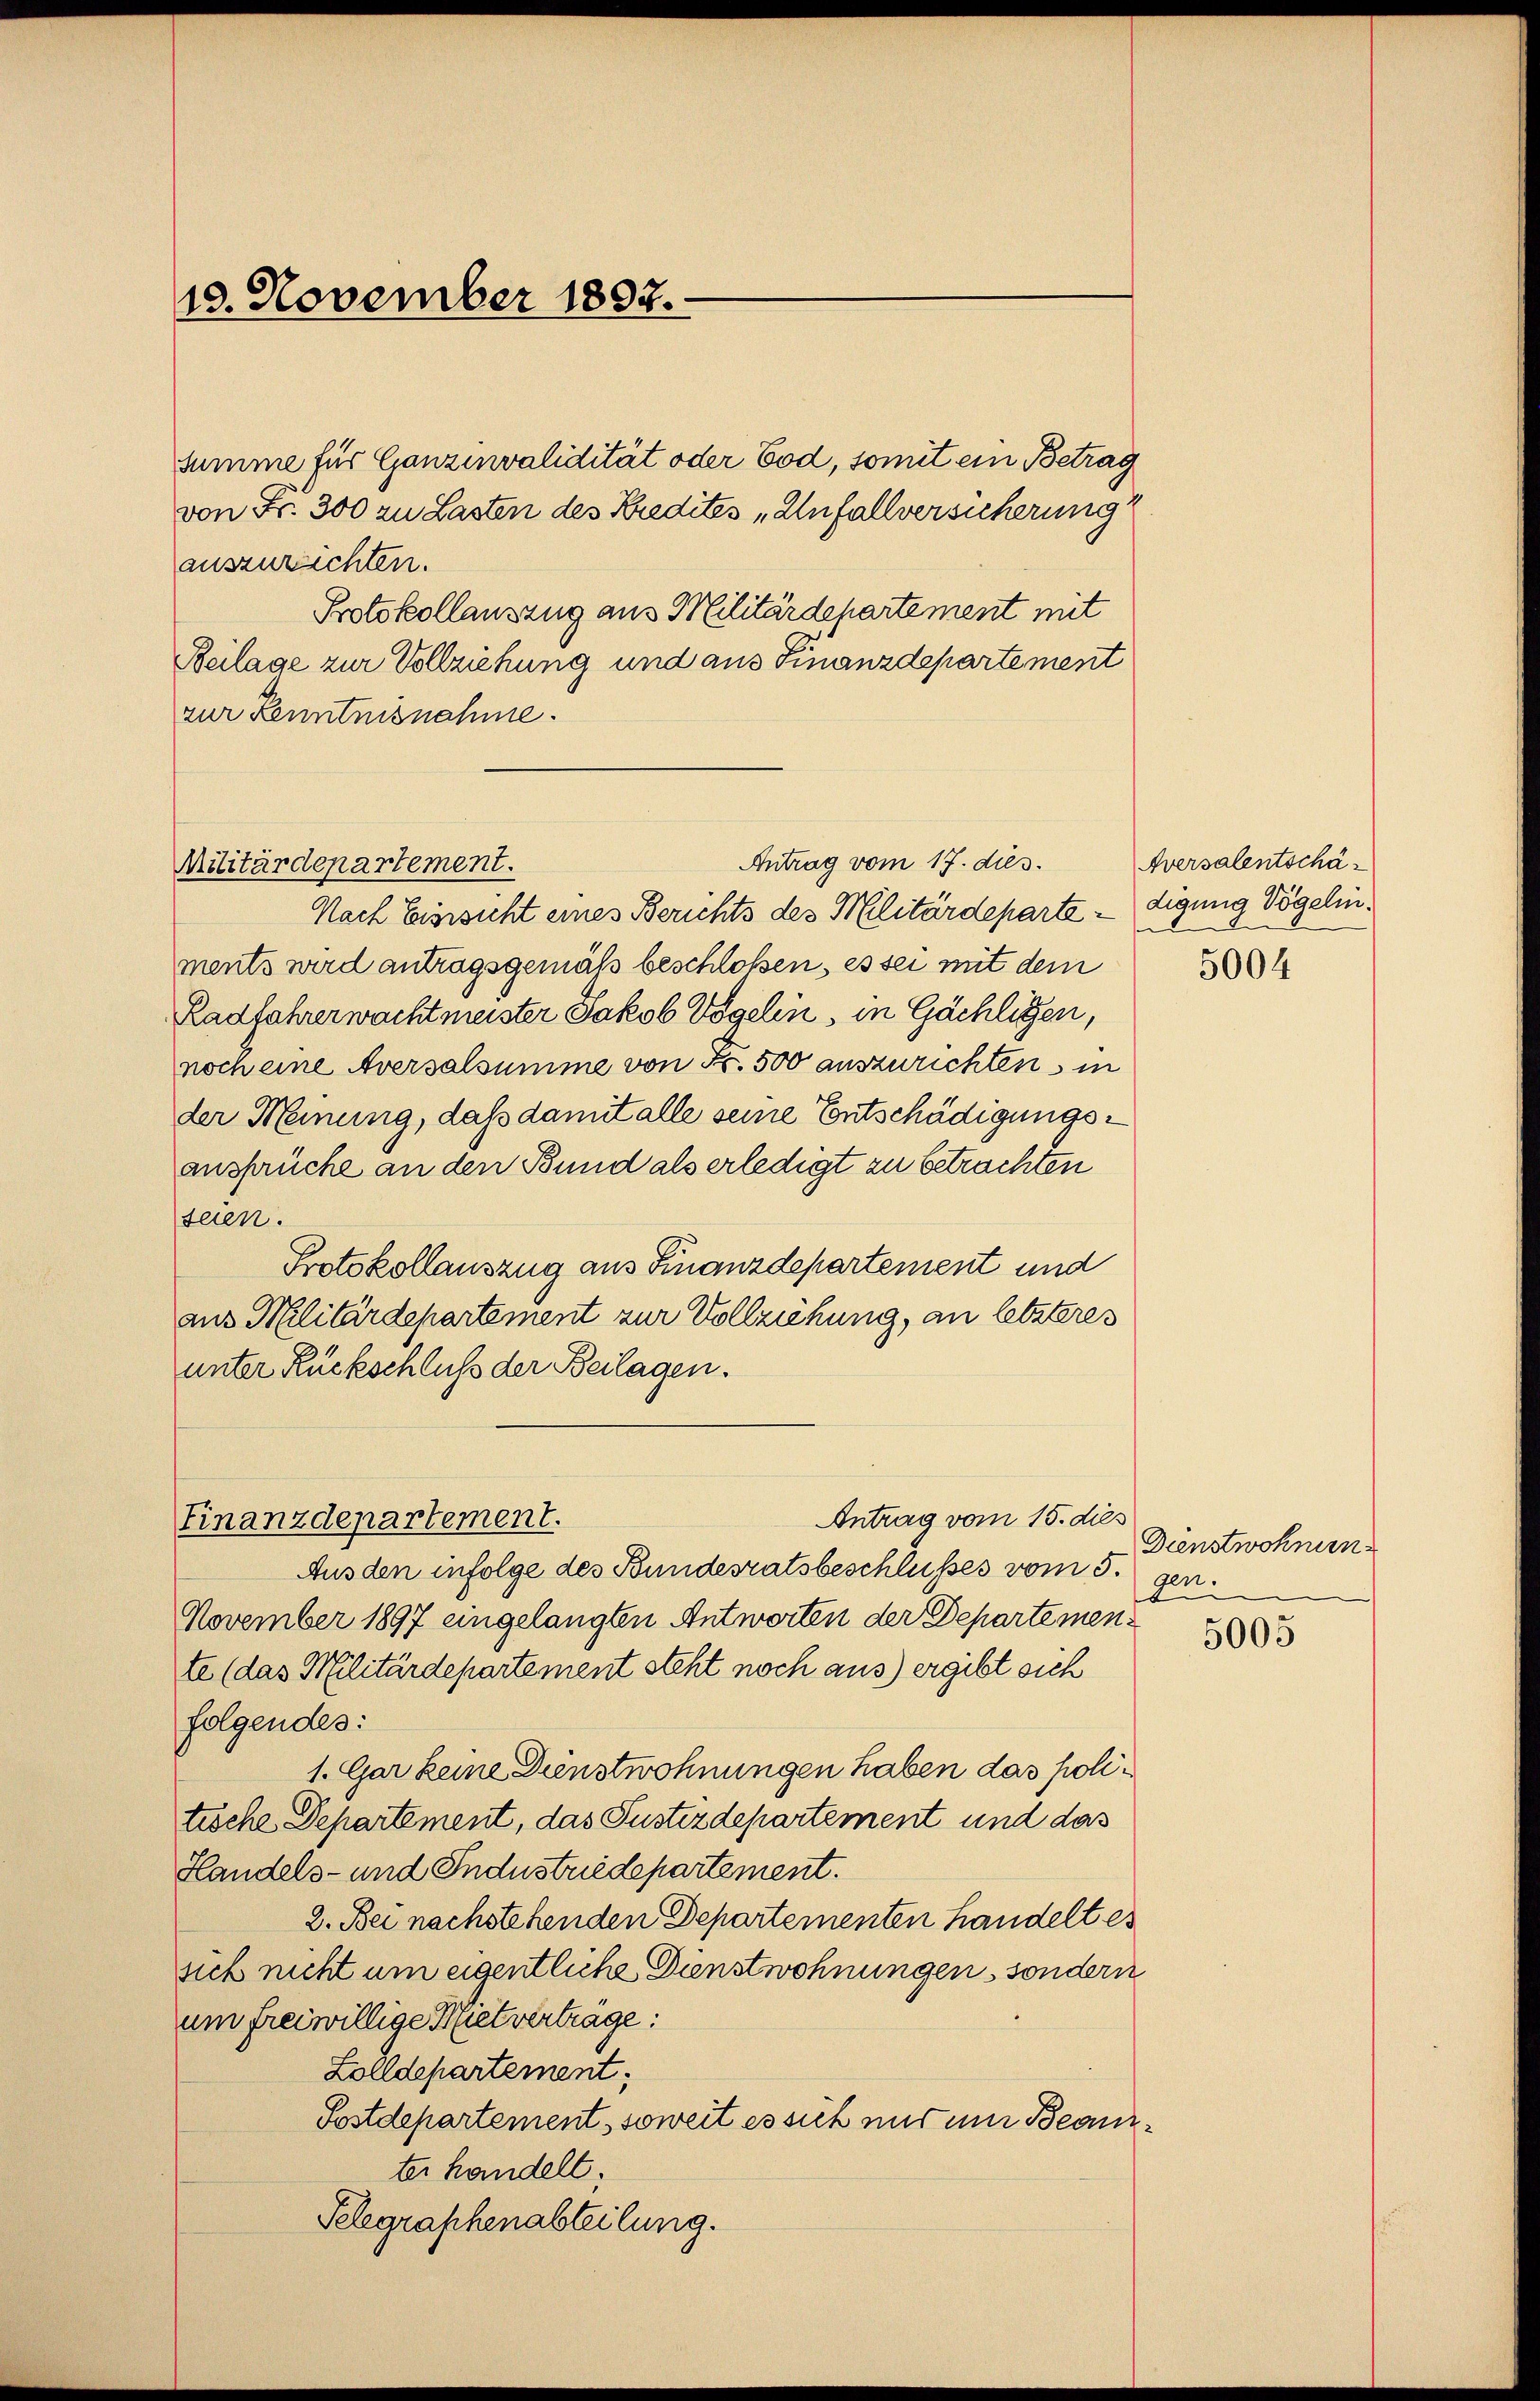
10. November 1897.

summe für Ganzinvalidität oder Tod, somit ein Betrag
von Fr. 300 zu Lasten des Kredites „Unfallversicherung
auszurichten.
Protokollauszug aus Militärdepartement mit
Beilage zur Vollziehung und aus Finanzdepartement
zur Kenntnisnahme.

Antrag vom 17. dies
Militärdepartement.

Finanzdepartement.

Nach Einsicht eines Berichts des Militärdeparte - digung Vögelinments wird antragsgemäß beschloßen, es sei mit dem
Radfahrerwachtmeister Jakob Vogelin, in Gächligen,
noch eine Aversalsumme von Fr. 500 auszurichten in
der Meinung, daß damit alle seine Entschädigungsansprüche an den Bund als erledigt zu betrachten
seien.
Protokollauszug aus Finanzdepartement und
aus Militärdepartement zur Vollziehung, an letzteres
unter Rückschluß der Beilagen.
Ausden infolge des Bundesratsbeschlusses vom 5. gen.
November 1897 eingelangten Antworten der Departemente (das Militärdepartement steht noch aus) ergibt sich
folgendes:
1. Gar keine Dinstwohnungen haben das politische Departement, das Justizdepartement und das
Handels- und Industriedepartement.
2. Bei nachstehenden Departementen Handelt es
sich nicht um eigentliche Dinstwohnungen, sondern
um freiwillige Mietvertrage:
Zolldepartement;
Postdepartement, soweit es sich uns um Beantter handelt;
Telegraphenabteilung.

Antrag vom 15. dies

Aversalentschä¬

5004

Dienstwohnen.

5005